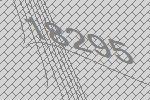
18295